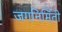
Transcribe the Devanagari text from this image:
जगनिर्मिती